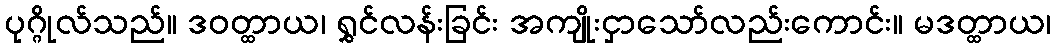
ပုဂ္ဂိုလ်သည်။ ဒဝတ္ထာယ၊ ရွှင်လန်းခြင်း အကျိုးငှာသော်လည်းကောင်း။ မဒတ္ထာယ၊